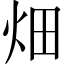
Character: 畑